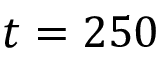
t = 2 5 0